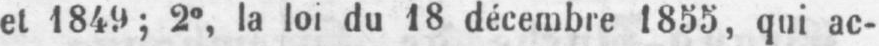
et 1849; 2°, la loi du 18 décembre 1855, qui ac-